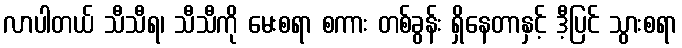
လာပါတယ် သီသီရ၊ သီသီကို မေးစရာ စကား တစ်ခွန်း ရှိနေတာနှင့် ဒီ့ပြင် သွားစရာ